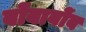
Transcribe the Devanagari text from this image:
बोंबाबोंब